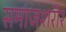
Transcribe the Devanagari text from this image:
समाजशरीर